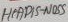
Text: HEADIS-NOSS